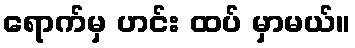
ရောက်မှ ဟင်း ထပ် မှာမယ်။